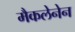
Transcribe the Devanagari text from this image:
मैकलेनेन